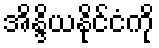
အိန္ဒိယနိုင်ငံကို